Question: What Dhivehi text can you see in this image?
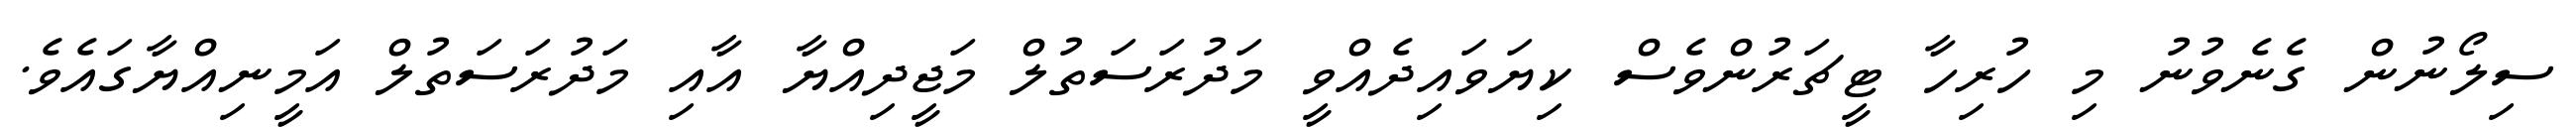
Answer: ސިލޯނުން ގެނެވުނު މި ހުރިހާ ޓީޗަރުންވެސް ކިޔަވައިދެއްވީ މަދުރަސަތުލް މަޖީދިއްޔާ އާއި މަދުރަސަތުލް އަމީނިއްޔާގައެވެ.